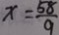
x = \frac { 5 8 } { 9 }